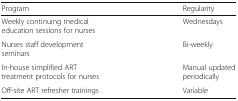
<table><thead><tr><td><b>Program</b></td><td><b>Regularity</b></td></tr></thead><tbody><tr><td>Weekly continuing medical education sessions for nurses</td><td>Wednesdays</td></tr><tr><td>Nurses staff development seminars</td><td>Bi-weekly</td></tr><tr><td>In-house simplified ART treatment protocols for nurses</td><td>Manual updated periodically</td></tr><tr><td>Off-site ART refresher trainings</td><td>Variable</td></tr></tbody></table>